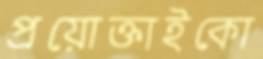
প্রয়োক্তাইকো